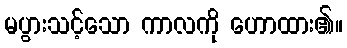
မပွားသင့်သော ကာလကို ဟောထား၏။